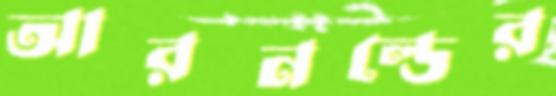
আরনল্ডের